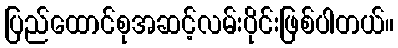
ပြည်ထောင်စုအဆင့်လမ်းပိုင်းဖြစ်ပါတယ်။